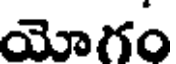
యోగం